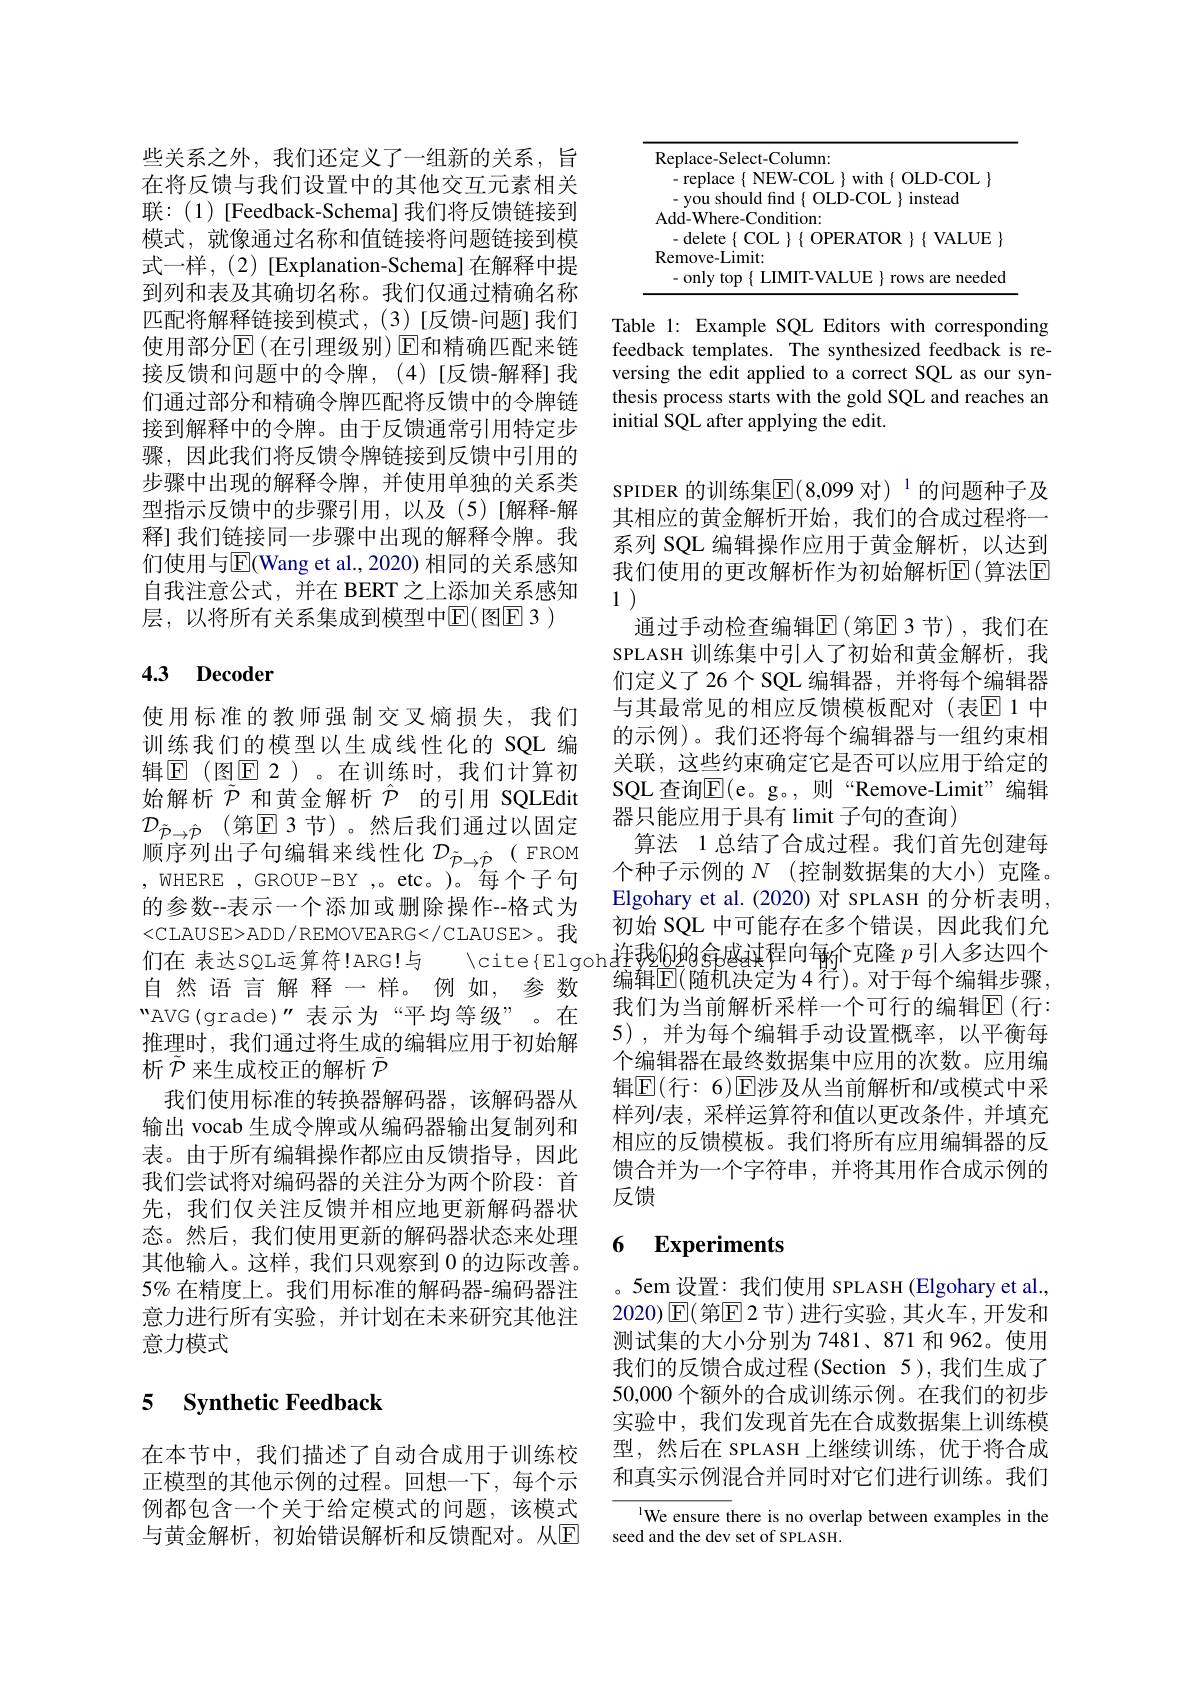
些关系之外，我们还定义了一组新的关系，旨在将反馈与我们设置中的其他交互元素相关联：(1)[Feedback-Schema] 我们将反馈链接到模式，就像通过名称和值链接将问题链接到模式一样，(2)[Explanation-Schema] 在解释中提到列和表及其确切名称。我们仅通过精确名称匹配将解释链接到模式，(3)[反馈-问题]我们使用部分$\operatorname{E}($在引理级别)$\operatorname{E\text{和精确匹配来链}}$ 接反馈和问题中的令牌，(4)[反馈-解释]我们通过部分和精确令牌匹配将反馈中的令牌链接到解释中的令牌。由于反馈通常引用特定步骤，因此我们将反馈令牌链接到反馈中引用的步骤中出现的解释令牌，并使用单独的关系类型指示反馈中的步骤引用，以及(5)[解释-解释] 我们链接同一步骤中出现的解释令牌。我们使用与$\overline{\mathrm{E}}($Wang et al., 2020) 相同的关系感知自我注意公式，并在 BERT 之上添加关系感知层，以将所有关系集成到模型中$\operatorname{E}(\operatorname{\text{图}E}3)$

## 4.3 Decoder

使用标准的教师强制交叉熵损失，我们训练我们的模型以生成线性化的 SQL 编辑$\mathbb{E}$(图$\mathbb{E}$ 2)。在训练时，我们计算初始解析$\tilde{\mathcal{P}}$和黄金解析$\hat{\mathcal{P}}$的引用 SQLEdit $\mathcal{D}_{\tilde{P}\to\hat{\mathcal{P}}}$(第$\mathbb{E}$ 3节)。然后我们通过以固定顺序列出子句编辑来线性化$\mathcal{D}_\tilde{\mathcal{P}}\to\hat{\mathcal{P}}$( FROM , WHERE , GROUP-BY ,。etc。)。每个子句的参数--表示一个添加或删除操作--格式为<CLAUSE>ADD/REMOVEARG</CLAUSE>。我自然语言解释一样。例如，参数“AVG(grade)”表示为“平均等级”。在推理时，我们通过将生成的编辑应用于初始解析$\tilde{\mathcal{P}}$来生成校正的解析$\bar{\mathcal{P}}$
我们使用标准的转换器解码器，该解码器从输出 vocab 生成令牌或从编码器输出复制列和表。由于所有编辑操作都应由反馈指导，因此我们尝试将对编码器的关注分为两个阶段：首先，我们仅关注反馈并相应地更新解码器状态。然后，我们使用更新的解码器状态来处理其他输入。这样，我们只观察到0的边际改善。$5\%$在精度上。我们用标准的解码器-编码器注意力进行所有实验，并计划在未来研究其他注意力模式

## 5 $\textbf{Synthetic Feedback}$

例都包含一个关于给定模式的问题，该模式
与黄金解析，初始错误解析和反馈配对。从$\boxed{\mathrm{E} }$ seed and the dev set of SPLASH.

<table>
	<tbody>
		<tr>
			<td>1</td>
			<td>e- Select- Column</td>
		</tr>
	</tbody>
</table>

Table 1: Example SQL Editors with corresponding feedback templates. The synthesized feedback is reversing the edit applied to a correct SQL as our synthesis process starts with the gold SQL and reaches an initial SQL after applying the edit.

SPIDER 的训练集$\mathbb{E}(8,099$ 对)$^1$的问题种子及其相应的黄金解析开始，我们的合成过程将一系列 SQL 编辑操作应用于黄金解析，以达到我们使用的更改解析作为初始解析$\overline{\mathrm{E}}($算法$\overline{\mathrm{E}})$ 11
通过手动检查编辑$\operatorname{E}$(第$\operatorname{E}$ 3 节),我们在SPLASH 训练集中引入了初始和黄金解析，我们定义了26个 SQL 编辑器，并将每个编辑器与其最常见的相应反馈模板配对(表$\mathbb{E}$1中的示例)。我们还将每个编辑器与一组约束相关联，这些约束确定它是否可以应用于给定的SQL 查询$\overline{\mathrm{E}}($e。g。,则“Remove-Limit”编辑器只能应用于具有 limit 子句的查询)
算法 1 总结了合成过程。我们首先创建每个种子示例的 $N$ (控制数据集的大小)克隆。Elgohary et al.(2020)对 SPLASH 的分析表明， 初始 SQL 中可能存在多个错误，因此我们允
< CLAUSE> ADD REMOVEARG< / CLAUSE> 。我 们 在 表 达 sQL运 算 符 ! ARG! 与 ${Elgoh}$往 移 仍 的 金 感 速 程 向 每 个 克 隆 $p$ 引 入 多 达 四 个 白 雄 活 言 細 可 以 时 一 个 数 值 值 用 , 4行 对 干 每 个 编 辑 4 行 对 于 每 个 编 辑
编辑$\mathbb{E}($随机决定为4 行)。对于每个编辑步骤， 我们为当前解析采样一个可行的编辑$\mathbb{E}($行： 5) , 并为每个编辑手动设置概率，以平衡每个编辑器在最终数据集中应用的次数。应用编辑$\mathbb{E}($行：6)$\mathbb{E}$涉及从当前解析和/或模式中采样列/表，采样运算符和值以更改条件，并填充相应的反馈模板。我们将所有应用编辑器的反馈合并为一个字符串，并将其用作合成示例的反馈

### 6 Experiments

。5em 设置：我们使用 SPLASH (Elgohary et al., 2020)$\operatorname{E}($第$\operatorname{E}$ 2 节)进行实验，其火车，开发和测试集的大小分别为 7481、871 和 962。使用我们的反馈合成过程(Section 5),我们生成了50,000 个额外的合成训练示例。在我们的初步实验中，我们发现首先在合成数据集上训练模
在本节中，我们描述了自动合成用于训练校 型，然后在 SPLASH 上继续训练，优于将合成正模型的其他示例的过程。回想一下，每个示 和真实示例混合并同时对它们进行训练。我们

We ensure there is no overlap between examples in the